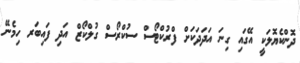
ދޮންކެޔޮލަކީ އޭގައި ގިނަ އަދަދަކަށް ފްރުކްޓޯސް ސުކްރޯސް ގުލްކޯޒް އަދި ފައިބަރ ހިމެނޭ